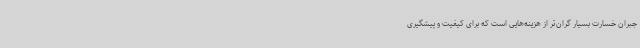
جبران خسارت بسیار گران‌تر از هزینه‌هایی است که برای کیفیت و پیشگیری